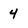
Character: 4